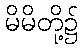
မိမိတို့၌